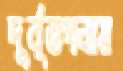
দুর্বৃত্তপনায়